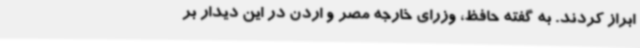
ابراز کردند. به گفته حافظ، وزرای خارجه مصر و اردن در این دیدار بر